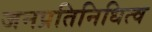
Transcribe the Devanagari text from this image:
जनप्रतिनिधित्व